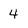
Character: 4